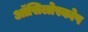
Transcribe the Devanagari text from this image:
ऑसिलोस्कोप